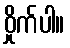
ဝှိုက်ပါ။